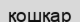
қошқар